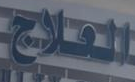
العلاج